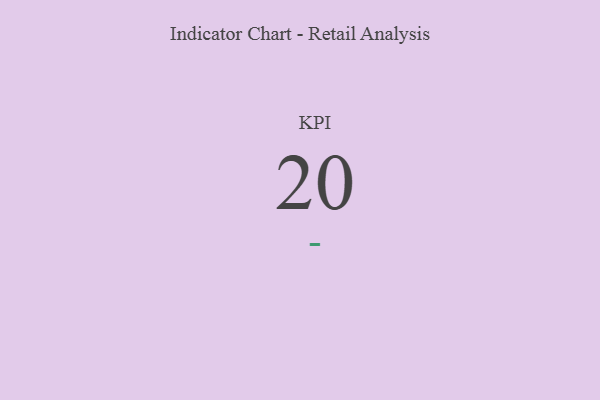
{"axis": {"x": "KPI", "y": "Value"}, "legend": [""], "data": [{"x": "KPI", "y": 20, "type": ""}]}